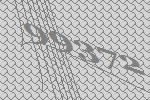
99372